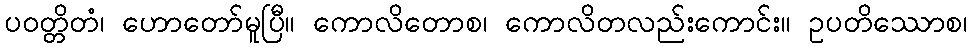
ပဝတ္တိတံ၊ ဟောတော်မူပြီ။ ကောလိတောစ၊ ကောလိတလည်းကောင်း။ ဥပတိဿောစ၊